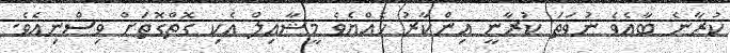
ކުރާނެ ބާއެވެ ނުވަތަ ކުރާނީ އިންކާރު ހެއްޔެވެ މީޝާއިލް އެކި ގޮތްގޮތަށް ވިސްނިއެވެ.